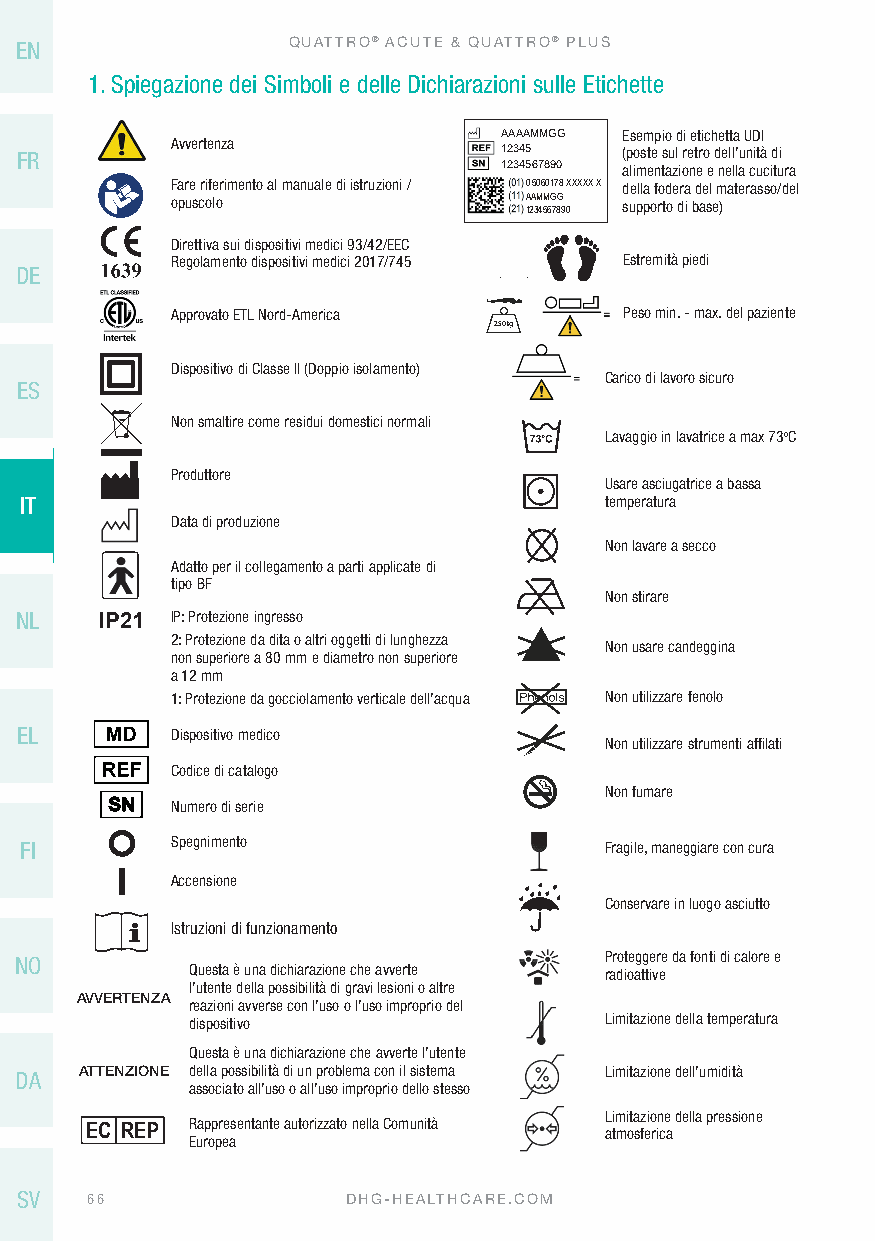
EN                QUATTRO® ACUTE & QUATTRO® PLUS
 1. Spiegazione dei Simboli e delle Dichiarazioni sulle Etichette
 AAAAMMGG Esempio di etichetta UDI
 Avvertenza
 FR                              12345   (poste sul retro dell’unità di
 1234567890 alimentazione e nella cucitura
 Fare riferimento al manuale di istruzioni / 0 5060178 XXXXX X della fodera del materasso/del
 opuscolo                AAMMGG supporto di base)
 1234567890
 73     250kg
 Direttiva sui dispositivi medici 93/42/EEC
 Regolamento dispositivi medici 2017/745 Estremità piedi
 DE
 73  Approvato ETL Nord-America 250kg Peso min. - max. del paziente
 DECONTAMINATION
 Dispositivo di Classe II (Doppio isolamento) GUIDELINES -
 REFER TO USER MANUACL arico di lavoro sicuro
 200 Kg ES                         FOR MORE INFORMATION
 DECONTAMINDAETCIOONNTAMINATION
 Non smaltire come residui domestici normali GUIDELINES G-UIDELINES -
 200 Kg200 Kg                   FR OE RF E MR O T RO E U IS NE FFRR OOE RM RF M EA MARN TO UT IROAO ENL U IS NE FR O RM MA AN TU IOALNLa vaggio in lavatrice a max 73oC
 DECONTAMINATION
 Produttore            GUIDELINES -
 REFER TO USER MANUAL Usare asciugatrice a bassa
 200 Kg200 Kg                   FOR MORE INFORMATION
 IT                                     temperatura
 Data di produzione
 200 Kg200 Kg                            Non lavare a secco
 Adatto per il collegamento a parti applicate di
 tipo BF
 200 Kg                                  Non stirare
 NL   IP21 IP: Protezione ingresso
 2: Protezione da dita o altri oggetti di lunghezza
 non superiore a 80 mm e d7 ia3 metro non superiore Non usare candeggi 2n 5a 0kg
 a 12 mm
 73         1: Protezione 25 0d kga gocciolamento verticale dell’acqua Non utilizzare fenolo
 EL        Dispositivo medico
 73                  250kg               Non utilizzare strumenti affilati
 Codice di catalogo
 Non fumare
 Num73 ero di serie          250kg
 FI        Spegnimento                  Fragile, maneggiare con cura
 Accensione
 Conservare in luogo asciutto
 Istruzioni di funzionamento
 NO                                     Proteggere da fonti di calore e
 Questa è una dichiarazione che avverte radioattive
 l’utente della possibilità di gravi lesioni o altre
 AVVERTENZA
 reazioni avverse con l’uso o l’uso improprio del
 dispositivo                 Limitazione della temperatura
 Questa è una dichiarazione che avverte l’utente
 DA  ATTENZIONE della possibilità di un problema con il sistema Limitazione dell’umidità
 associato all’uso o all’uso improprio dello stesso
 Limitazione della pressione
 Rappresentante autorizzato nella Comunità
 EC REP                            atmosferica
 Europea
 SV   66               DHG-HEALTHCARE.COM